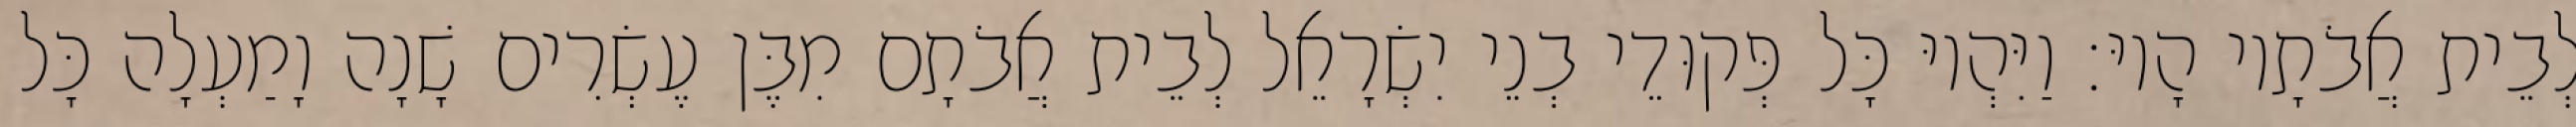
לְבֵית אֲבֹתָיו הָיוּ׃ וַיִּהְיוּ כָּל פְּקוּדֵי בְנֵי יִשְׂרָאֵל לְבֵית אֲבֹתָם מִבֶּן עֶשְׂרִים שָׁנָה וָמַעְלָה כָּל